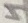
Text: 4